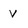
Character: V